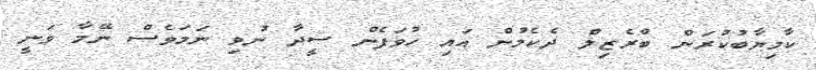
ކާމިޔާބުކުރަން ބްރެޒިލް ދެކެމުން އައި ހުވަފެން ސީދާ ނުވި ނަމަވެސް ނޭމާ ވަނީ